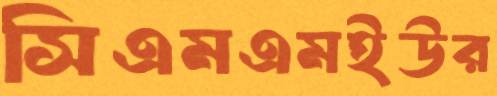
সিএমএমইউর